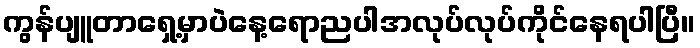
ကွန်ပျူတာရှေ့မှာပဲနေ့ရောညပါအလုပ်လုပ်ကိုင်နေရပါပြီ။